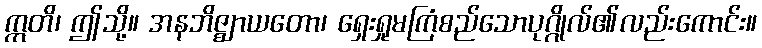
ဣတိ၊ ဤသို့။ အနဘိဇ္ဈာယတော၊ ရှေးရှုမကြံစည်သောပုဂ္ဂိုလ်၏လည်းကောင်း။